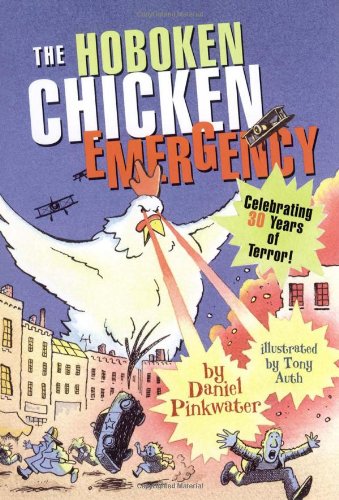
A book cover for The Hoboken Chicken Emergency; Daniel Pinkwater; Children's Books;